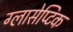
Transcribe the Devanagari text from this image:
ग्लासेप्टिक